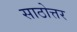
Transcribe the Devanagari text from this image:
साठोत्तर